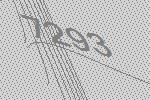
7293